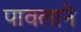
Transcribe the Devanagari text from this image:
पावलाने